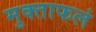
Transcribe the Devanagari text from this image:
मुक्ताफलं